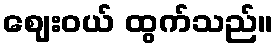
ဈေးဝယ် ထွက်သည်။